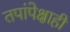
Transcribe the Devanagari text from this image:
तपांपेक्षाही